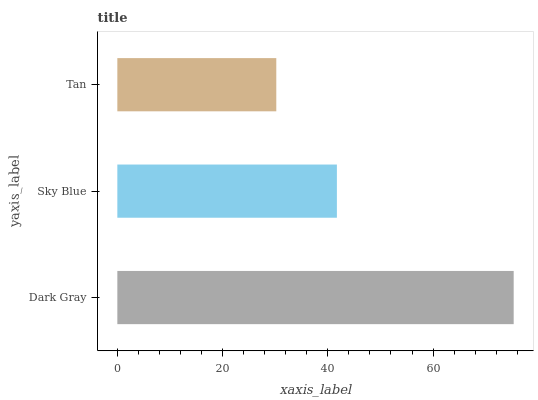
| yaxis_label | bars |
 | --- | --- |
 | Dark Gray | 75.3 |
 | Sky Blue | 41.7 |
 | Tan | 30.2 |